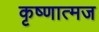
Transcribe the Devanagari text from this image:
कृष्णात्मज